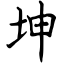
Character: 坤